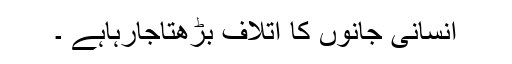
انسانی جانوں کا اتلاف بڑھتاجارہاہے ۔